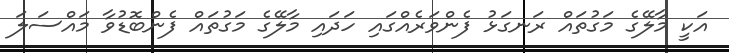
އަކީ މާލޭގެ މަގުތައް ރަނގަޅު ފެންވަރެއްގައި ހަދައި މާލޭގެ މަގުތައް ފެންބޮޑުވާ މައްސަލަ